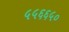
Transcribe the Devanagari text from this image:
५५६६५०